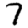
Digit: 7